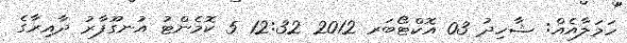
ހަމަލާއެއް: ޝާހިދު 03 އޮކްޓޯބަރ 2012 12:32 5 ކޮމެންޓު އުނގޫފާރު ދާއިރާގެ